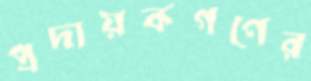
প্রদায়কগণের